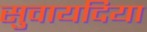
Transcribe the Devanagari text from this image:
सुवायदिया